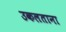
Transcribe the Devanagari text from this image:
उकलताना